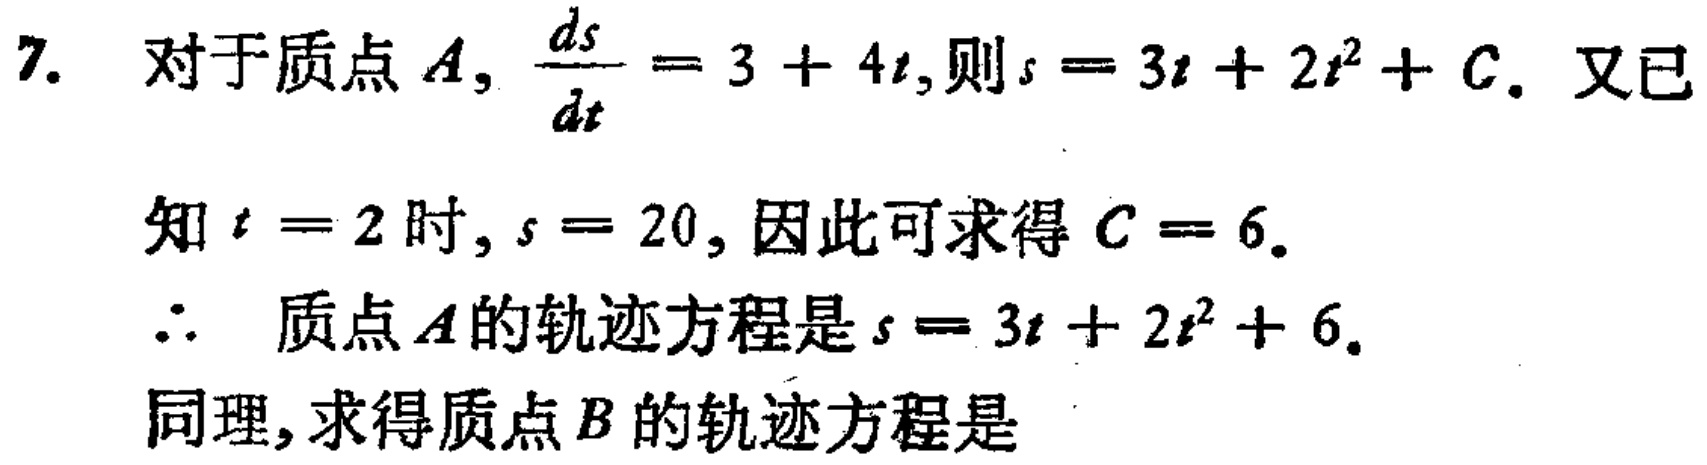
7. 对于质点\(A\)，\(\frac{ds}{dt}=3 + 4t\)，则\(s = 3t + 2t^{2}+ C\)。又已
知\(t = 2\)时，\(s = 20\)，因此可求得\(C = 6\)。
\(\therefore\) 质点\(A\)的轨迹方程是\(s = 3t + 2t^{2}+ 6\)。
同理，求得质点\(B\)的轨迹方程是